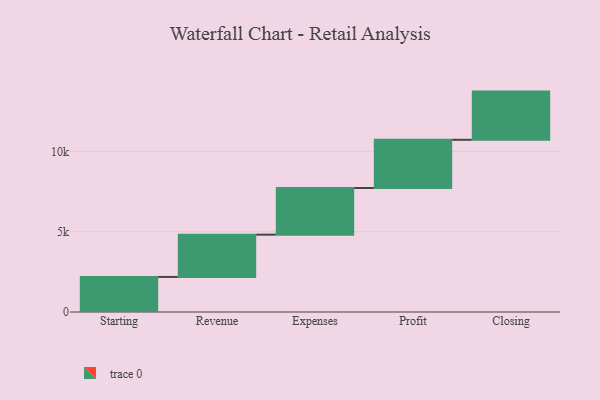
{"axis": {"x": "Step", "y": "Value"}, "legend": [""], "data": [{"x": "Starting", "y": 2183.0, "type": ""}, {"x": "Revenue", "y": 2631.0, "type": ""}, {"x": "Expenses", "y": 2907.0, "type": ""}, {"x": "Profit", "y": 3000, "type": ""}, {"x": "Closing", "y": 3000, "type": ""}]}